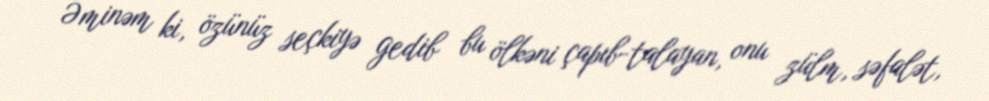
Əminəm ki, özünüz seçkiyə gedib bu ölkəni çapıb-talayan, onu zülm, səfalət,